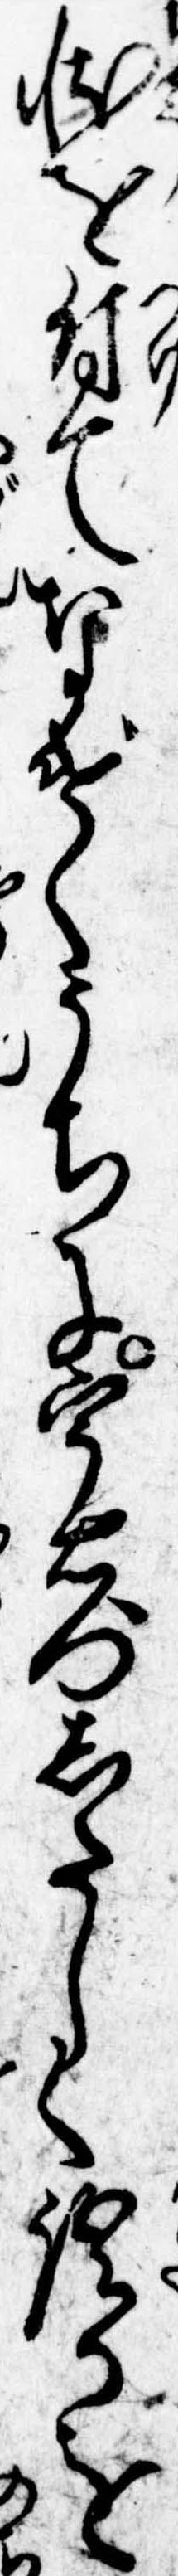
状を付てなげくうちに宇右門したしく語るを